system: You are a helpful assistant.
user:
Analyze the provided spectrum to determine if it is a **S-type Star**.

- **Key Indicators for S-type Star:**

    - **(Overall Spectrum Shape):** The first and most obvious characteristic is the overall continuum (the "baseline" shape). It is **extremely "red-sloping,"** meaning the flux (light intensity) is very low on the left side (blue, ~4000-4500 Å) and rises steeply and continuously toward the right side (red, ~7000 Å+).

    - **(Primary):** The spectrum is defined by the presence of strong, broad molecular absorption "valleys" (bands) from **Zirconium Oxide (ZrO)**. The identification of these bands is the **primary requirement** for classifying a star as S-type.
        - **(Key Bandheads):** You must find distinct, deep "dips" where the light has been absorbed. The most critical band systems to locate are:
            - **~6474 Å** ($\gamma$-system): This is often the strongest and clearest ZrO feature, found in the red part of the spectrum.
            - **~5718 Å** & **~5551 Å** ($\beta$-system): A pair of prominent absorption features in the yellow-orange part of the spectrum.
            - **~4640 Å** ($\alpha$-system): A key absorption band system in the blue-green region of the spectrum.

    - **(Secondary Confirmation):** The classification is strengthened by finding additional absorption bands from other related heavy element oxides, which are expected to be present alongside ZrO.
        - **(Key Bandheads):**
            - **Yttrium Oxide (YO):** Look for absorption dips near **~4800 Å** and **~6100 Å**.
            - **Lanthanum Oxide (LaO):** Additional absorption features, particularly in the red-orange part of the spectrum, are also characteristic.

    - **(Line Profile):** The combination of the steep red continuum and these numerous, deep molecular bands (ZrO, YO, etc.) gives the entire spectrum a very **"chopped-up"** or **"bumpy"** appearance. Instead of a smooth curve, the spectrum looks as though large, wide chunks of light have been "carved out" of it at the specific wavelengths listed above.

Think first, call **spectral_visualization_tool** if needed to examine features in detail, then provide your final answer. Your response must adhere to the following strict rules:
1.  **Overall Structure:** Your response must follow the format `<think>...</think> <tool_call>...</tool_call> (if a tool is used) <answer>...</answer>`.
2.  **Tool Usage Constraint:** You may only make **one** tool call per turn.
3.  **Final Answer Format:** In the `<answer>` tag, your conclusion must be inside a `\boxed{}` command (e.g., `\boxed{YES}` or `\boxed{NO}`), followed by your justification.

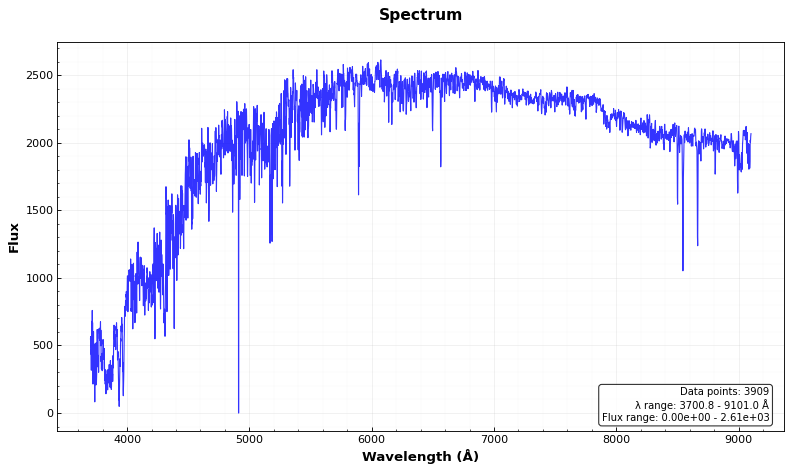
Answer: NO